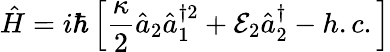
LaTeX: \hat{H}=i\hbar\left[\frac{\kappa}{2}\hat{a}_{2}\hat{a}_{1}^{\dagger 2}+\mathcal{E}_{2}\hat{a}_{2}^{\dagger}-h.c.\right]